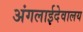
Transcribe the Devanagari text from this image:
अंगलाईदेवालय